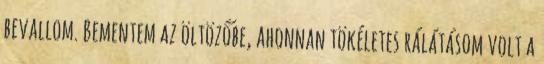
bevallom. Bementem az öltözőbe, ahonnan tökéletes rálátásom volt a